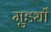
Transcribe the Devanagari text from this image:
मुड्याँ